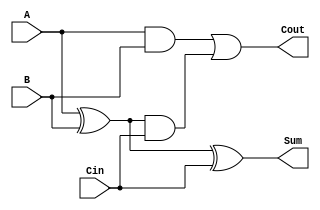
module tree_structured_full_adder (
    input wire A,      // First significant bit
    input wire B,      // Second significant bit
    input wire Cin,    // Carry-in bit
    output wire Sum,   // Sum output
    output wire Cout   // Carry-out output
);

// Intermediate wires for half adder outputs
wire S1;    // Intermediate sum from Half Adder 1
wire C1;    // Intermediate carry from Half Adder 1
wire C2;    // Intermediate carry from Half Adder 2

// Half Adder 1: Adds A and B
assign S1 = A ^ B;      // Sum output of Half Adder 1
assign C1 = A & B;      // Carry output of Half Adder 1

// Half Adder 2: Adds S1 and Cin
assign Sum = S1 ^ Cin;  // Final Sum output
assign C2 = S1 & Cin;   // Carry output of Half Adder 2

// Final Carry-out: Combines C1 and C2
assign Cout = C1 | C2;  // Final Carry-out

endmodule